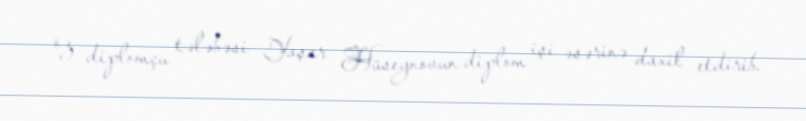
öz diplomçu tələbəsi Yaşar Hüseynovun diplom işi əsərinə daxil etdirib.